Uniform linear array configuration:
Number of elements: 12
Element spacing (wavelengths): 0.5
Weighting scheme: uniform
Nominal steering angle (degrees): -15
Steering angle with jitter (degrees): -13.32
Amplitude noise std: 0.05
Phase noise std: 0.05

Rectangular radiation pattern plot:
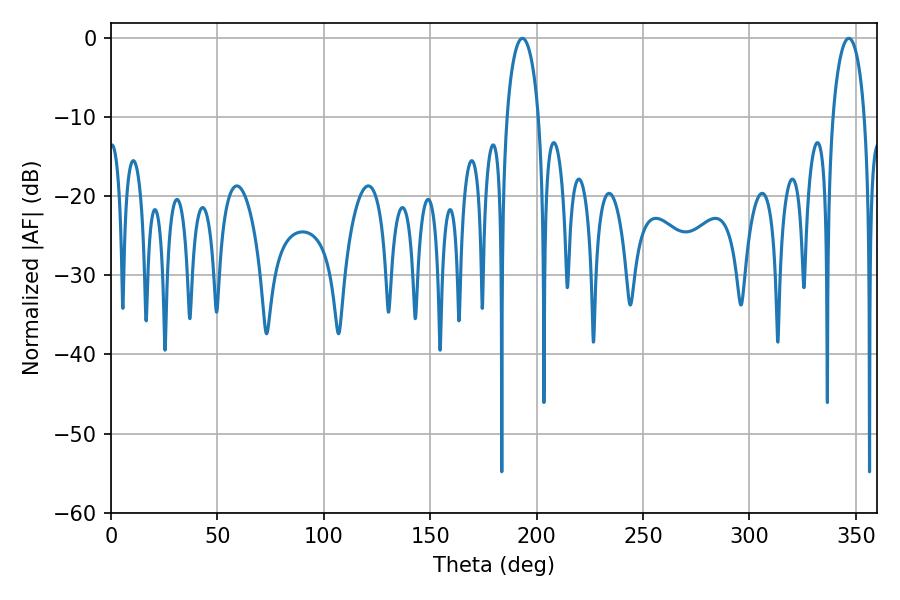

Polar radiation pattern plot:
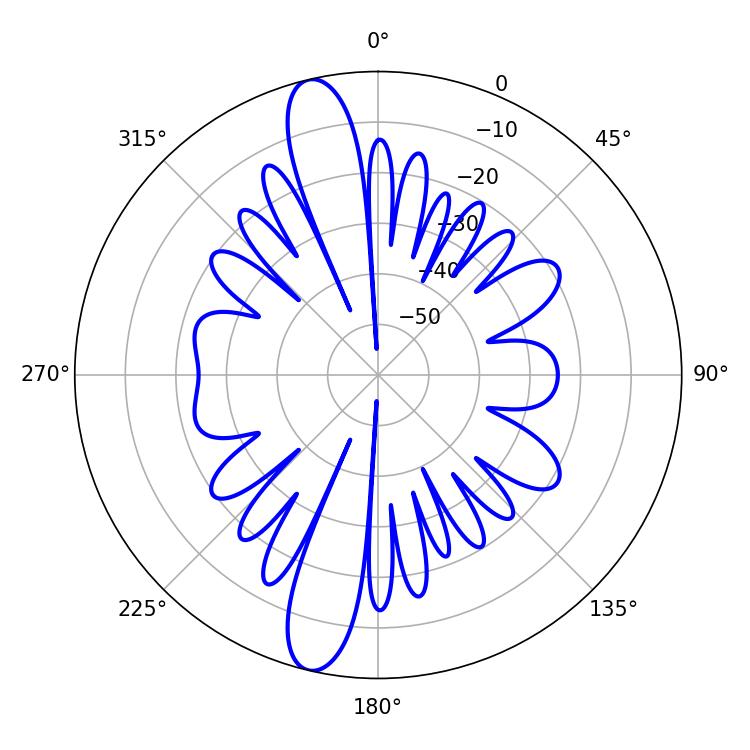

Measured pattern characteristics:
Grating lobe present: FALSE
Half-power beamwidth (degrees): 8.64
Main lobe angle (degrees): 346.68